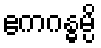
ဧကဂန္ဓမ္ပိ